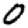
Digit: 0